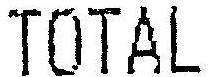
TOTAL